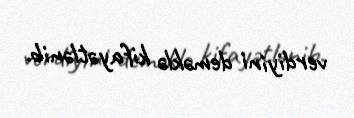
verdiyini deməklə kifayətlənib.